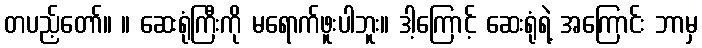
တပည့်တော်။ ။ ဆေးရုံကြီးကို မရောက်ဖူးပါဘူး။ ဒါ့ကြောင့် ဆေးရုံရဲ့ အကြောင်း ဘာမှ